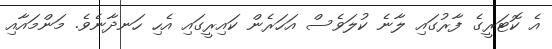
އެ ކޮޓަރީގެ ފާރުގައި ލާނެ ކުލަވެސް އަހަރެން ކައިރީގައި އެހި ހަނދާނެވެ. މަންމައާއި